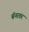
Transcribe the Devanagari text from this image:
बॅनरवर